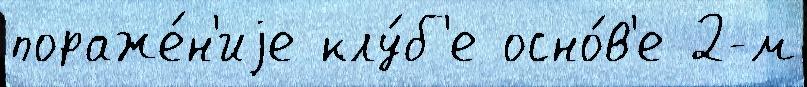
пораже́н'иjе клу́б'е осно́в'е 2-м